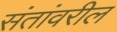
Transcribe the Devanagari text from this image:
संतांवरील